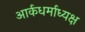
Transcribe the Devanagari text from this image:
आर्कधर्माध्यक्ष